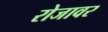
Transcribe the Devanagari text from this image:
रोजावर